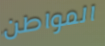
المواطن